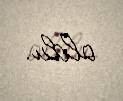
oldu.